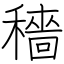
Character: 穡